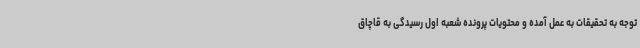
توجه به تحقیقات به عمل آمده و محتویات پرونده شعبه اول رسیدگی به قاچاق